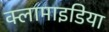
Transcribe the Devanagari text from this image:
क्लामाइडिया